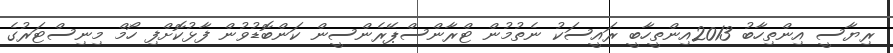
ރިޔާސީ އިންތިހާބު 2013އިންތީހާބީ ރައީސަކު ނެތުމުން ޓްރާންސްޕޭރެންސީން ކަންބޮޑުވުން ފާޅުކޮށްފި ހޯމް މިނިސްޓަރުގެ